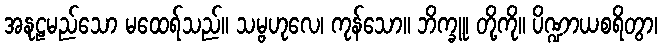
အနုဠမည်သော မထေရ်သည်။ သမ္ဗဟုလေ၊ ကုန်သော။ ဘိက္ခူ၊ တို့ကို။ ပိဏ္ဍာယစရိတွာ၊